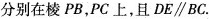
分别在棱PB，PC上，且DE\parallel BC。